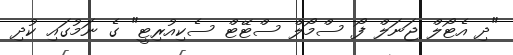
"ދި އެޓޯލް ޖަނަލް ފޯ ސްމޯލް ސްޓޭޓް ސެކިއުރިޓީ" ގެ ނަމުގައި ކުދި